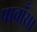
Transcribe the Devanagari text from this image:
पाबाँसा